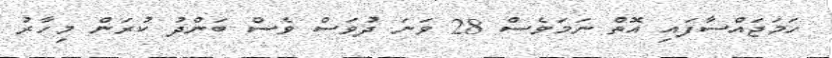
ހަމަޖައްސާފައި އޮތް ނަމަވެސް 28 ވަނަ ދުވަސް ވެސް ބަންދު ކުރަން މިހާރު